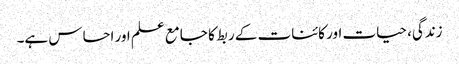
زندگی، حیات اور کائنات کے ربط کا جامع علم اور احساس ہے۔